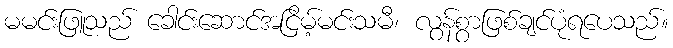
မမင်းဖြူသည် ခေါင်းဆောင်အငြိမ့်မင်းသမီ၊ လွန်စွာဖြစ်ချင်ပုံရပေသည်။